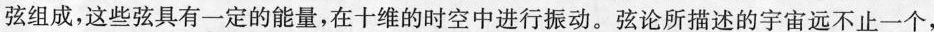
弦组成，这些弦具有一定的能量，在十维的时空中进行振动。弦论所描述的宇宙远不止一个，